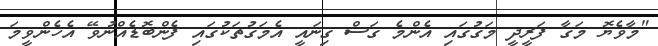
"މާވެޔޮ މަގާ ފަރީދީ މަގުގައި އެންމެ ގަސް ގިނައީ އެމަގުތަކުގައި ފެންބޮޑެއްނުވޭ އެހެންވީމަ